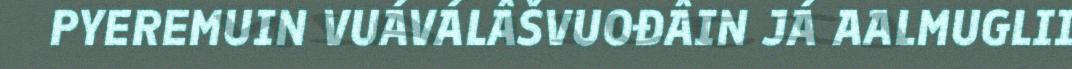
PYEREMUIN VUÁVÁLÂŠVUOĐÂIN JÁ AALMUGLII